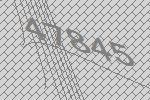
47845